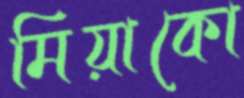
মিয়াকো